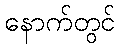
နောက်တွင်